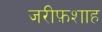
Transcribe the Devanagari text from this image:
जरीफ़शाह